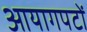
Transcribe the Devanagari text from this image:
आयागपटों